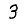
Digit: 3